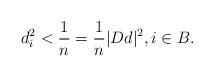
LaTeX: \begin{align*}d_i ^2 < \frac{1}{n} = \frac{1}{n} |D d|^2, i \in B.\end{align*}